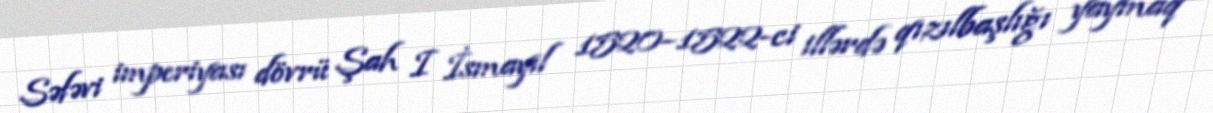
Səfəvi imperiyası dövrü Şah I İsmayıl 1520–1522-ci illərdə qızılbaşlığı yaymaq